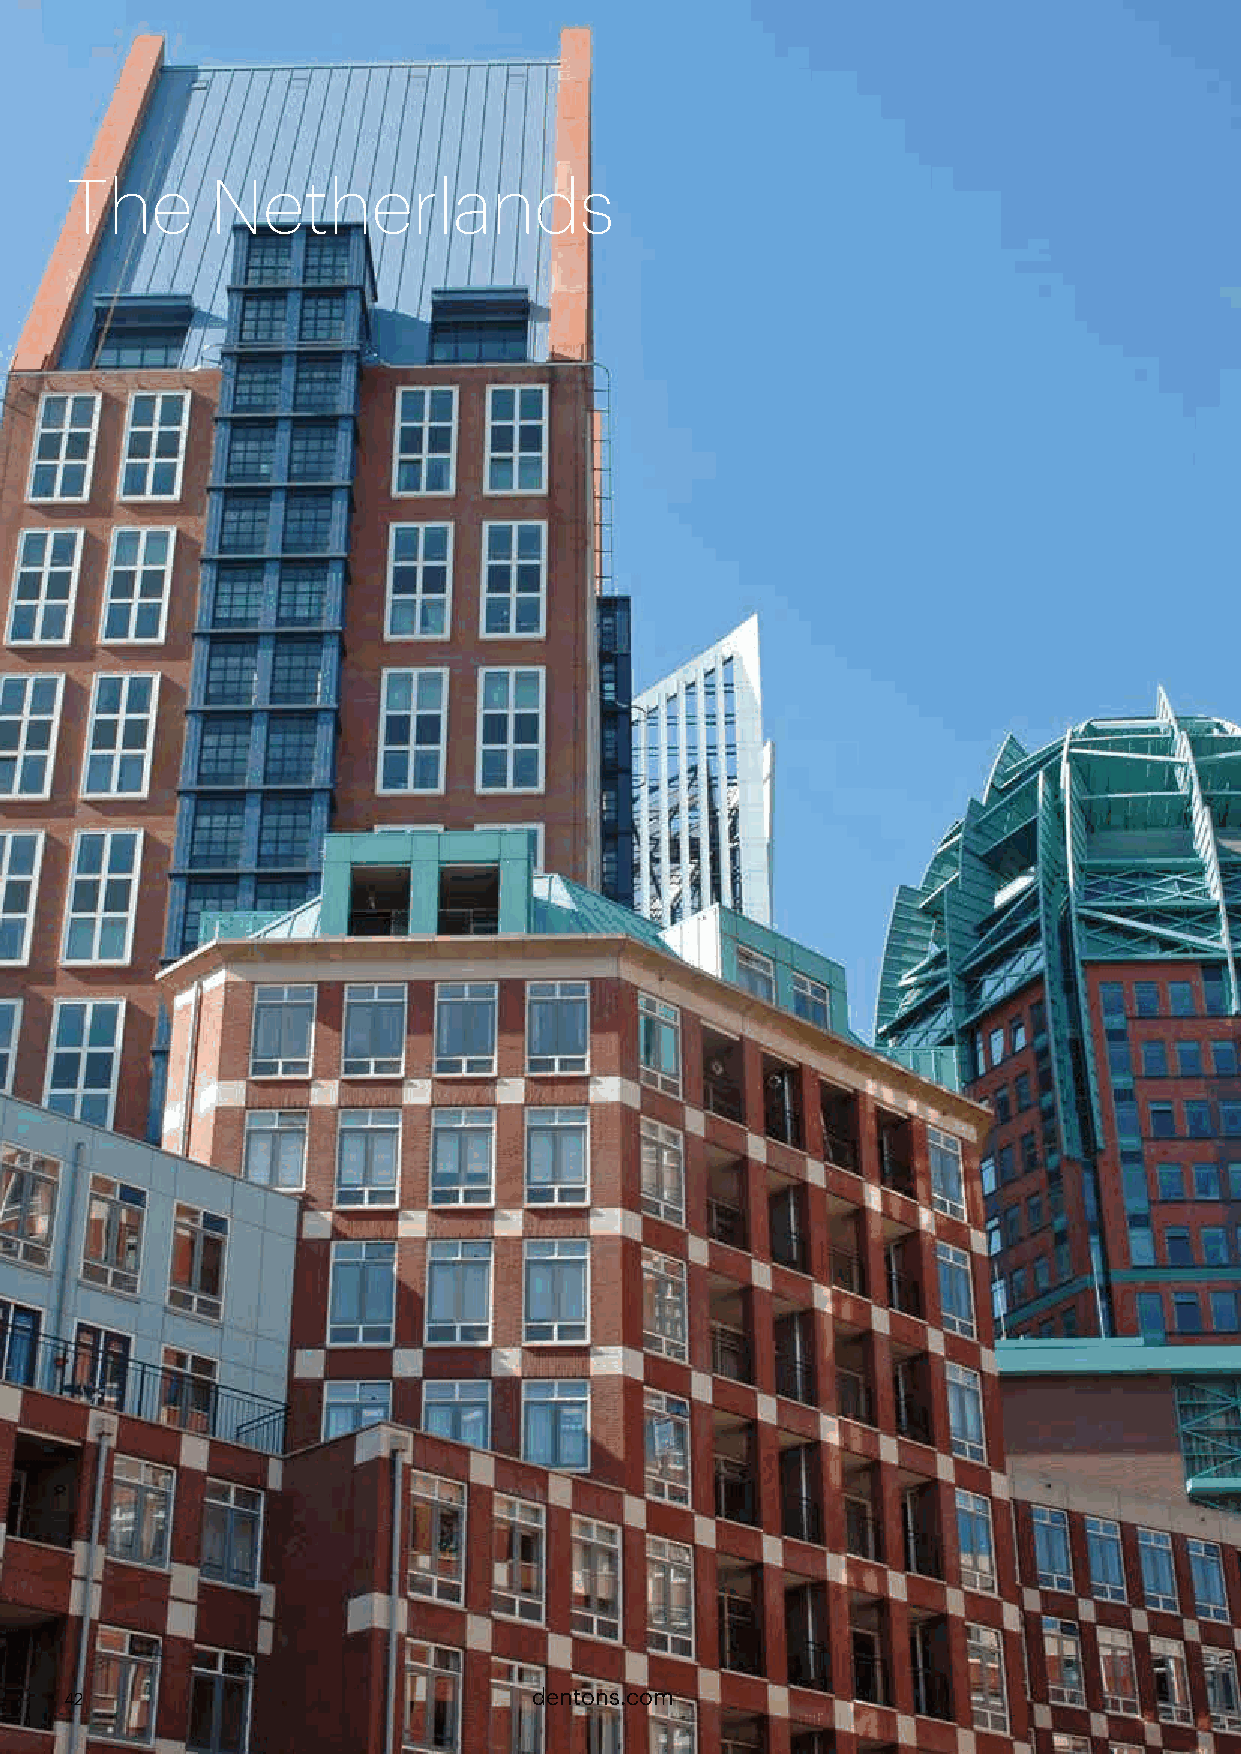
The       Netherlands
 42                             dentons.com